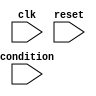
module while_loop (
    input wire condition,
    input wire clk,
    input wire reset,
    // Add any input data signals here
    // Add any output data signals here
);

reg [1:0] state;
localparam START = 2'b00;
localparam EXECUTE = 2'b01;
localparam EXIT = 2'b10;

always @(posedge clk) begin
    if (reset) begin
        state <= START;
    end else begin
        case (state)
            START: begin
                if (condition) begin
                    state <= EXECUTE;
                end
            end
            EXECUTE: begin
                // Add your code block here
                if (!condition) begin
                    state <= EXIT;
                end
            end
            EXIT: begin
                state <= START;
            end
        endcase
    end
end

endmodule